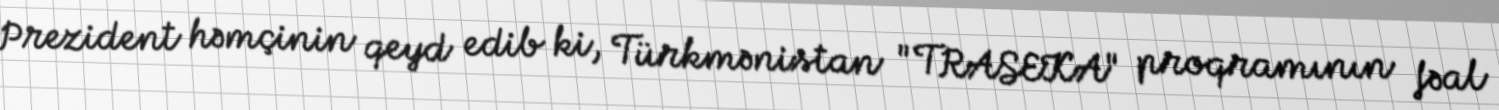
Prezident həmçinin qeyd edib ki, Türkmənistan "TRASEKA" proqramının fəal